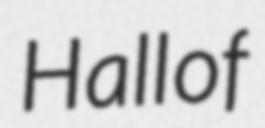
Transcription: Hall of